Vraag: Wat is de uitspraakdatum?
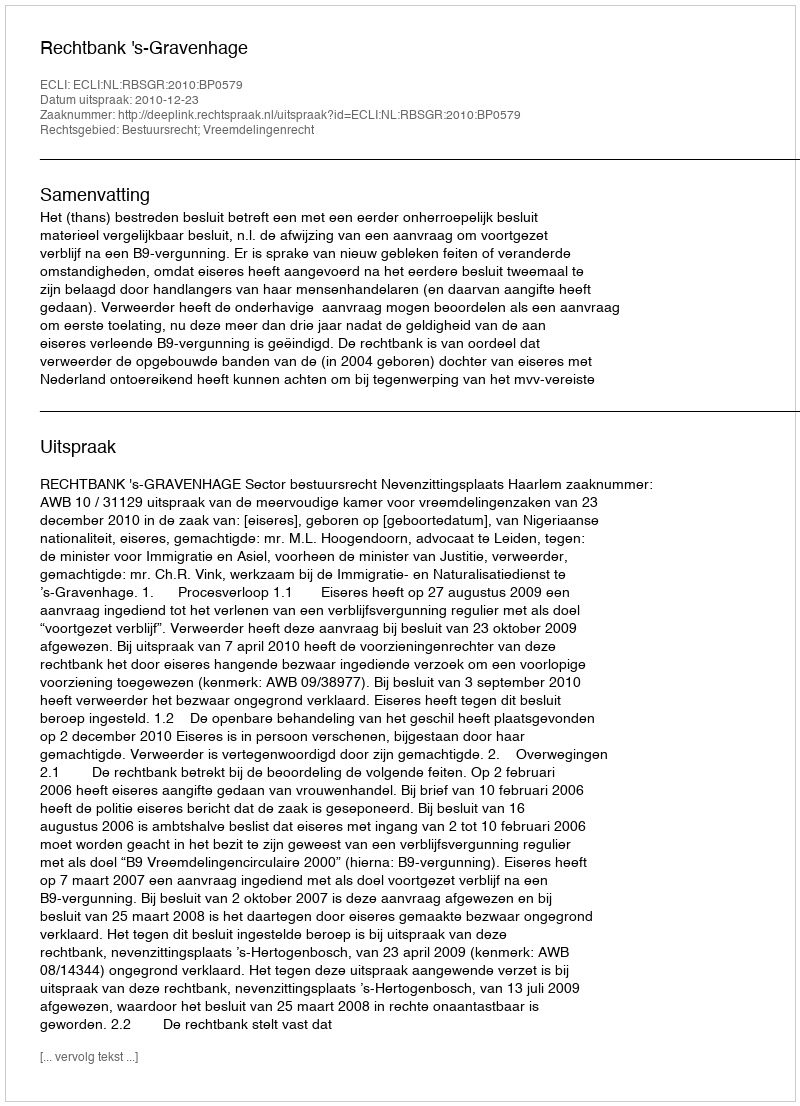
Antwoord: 2010-12-23